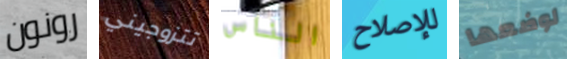
رونون تتزوجيني الناس للإصلاح لوضعها